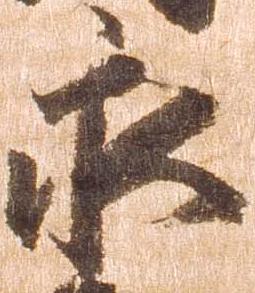
永